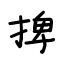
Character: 捭